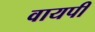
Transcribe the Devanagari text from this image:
वायपी